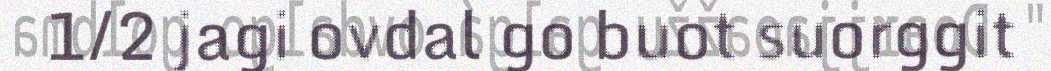
1/2 jagi ovdal go buot suorggit